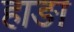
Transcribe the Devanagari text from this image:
हाङा